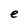
Character: e